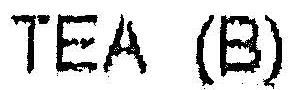
TEA (B)